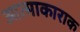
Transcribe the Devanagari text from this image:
आत्माकाराक